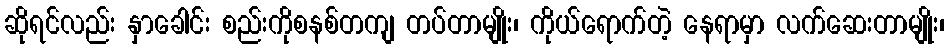
ဆိုရင်လည်း နှာခေါင်း စည်းကိုစနစ်တကျ တပ်တာမျိုး၊ ကိုယ်ရောက်တဲ့ နေရာမှာ လက်ဆေးတာမျိုး၊